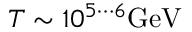
T \sim 1 0 ^ { 5 \cdots 6 } \mathrm { G e V }